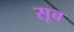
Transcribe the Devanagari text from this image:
सूब